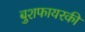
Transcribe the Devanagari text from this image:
बुशफायरकी